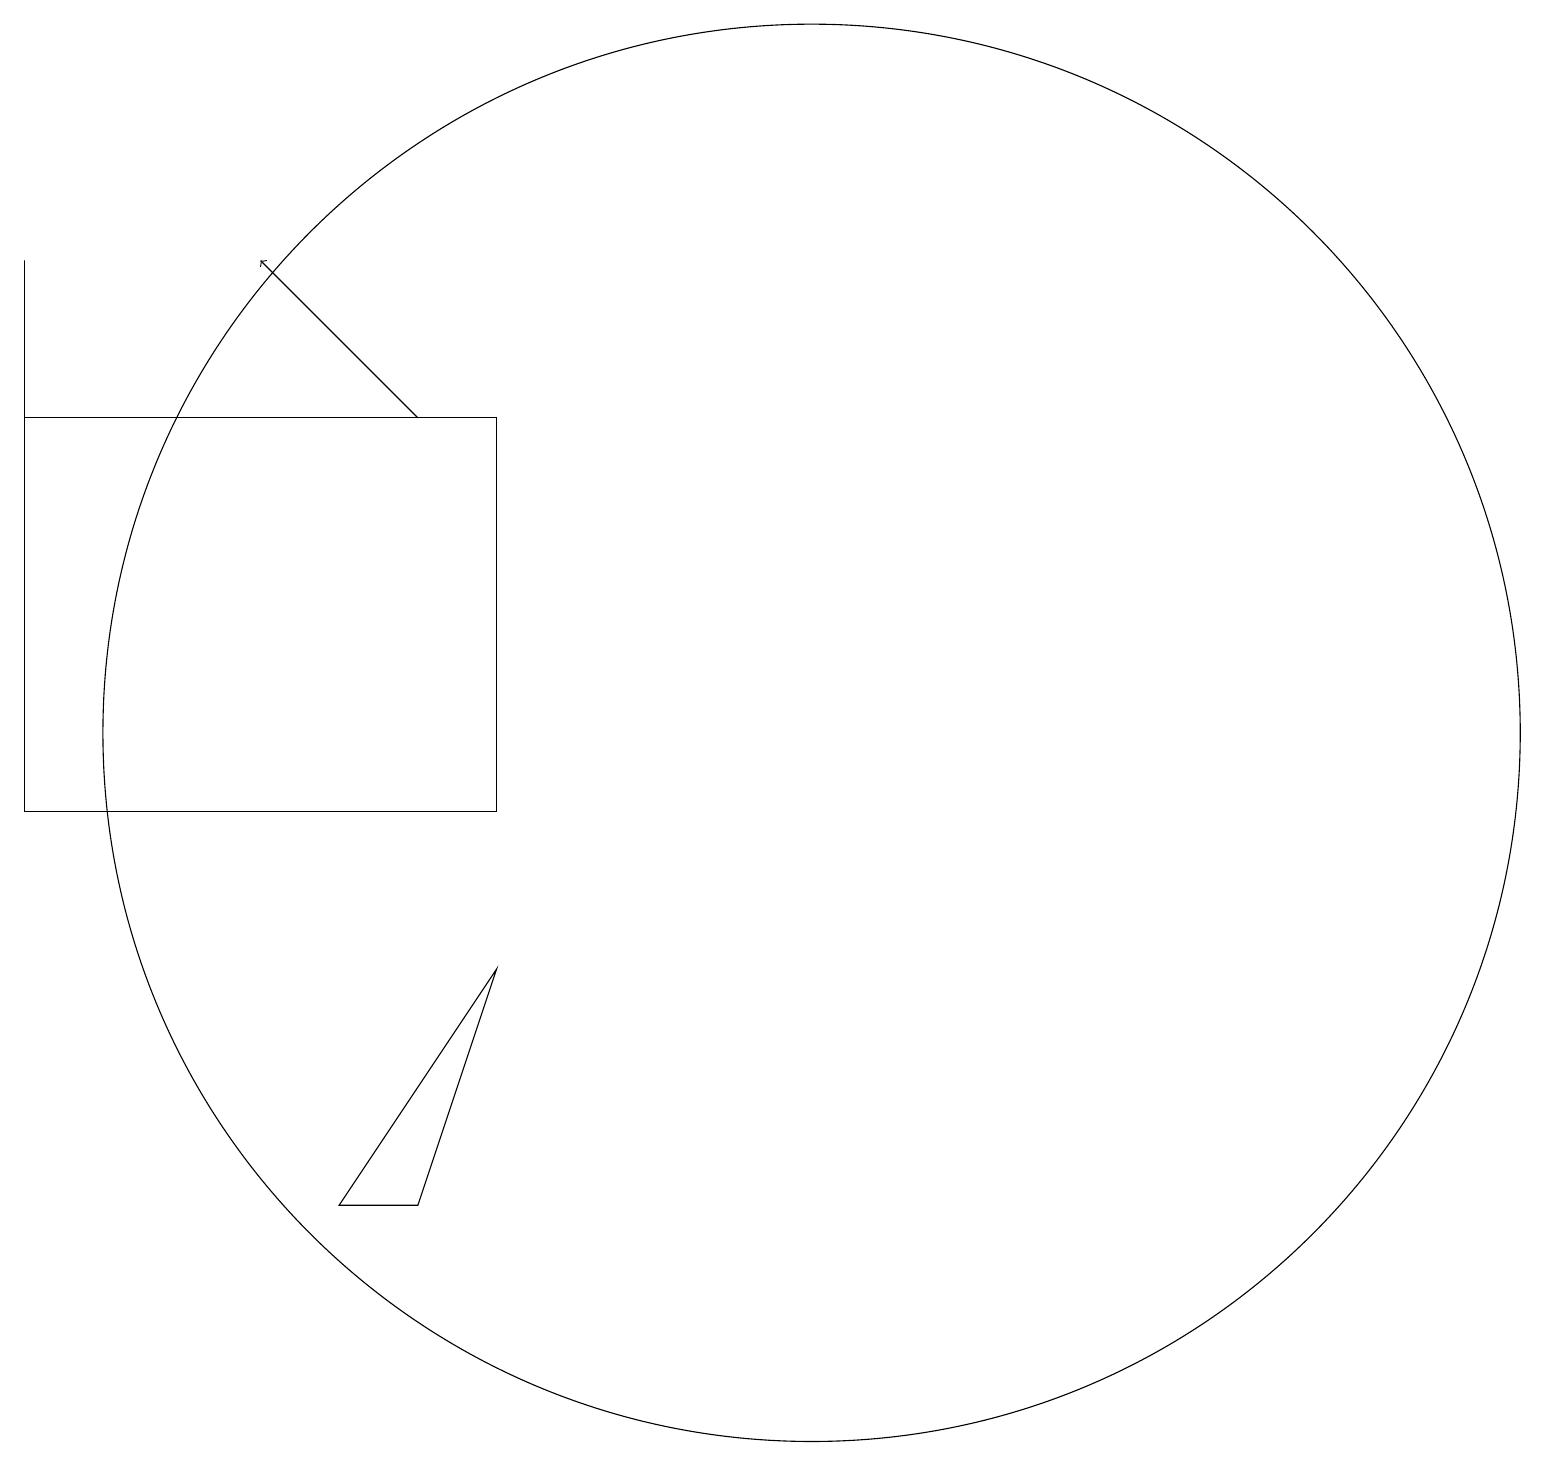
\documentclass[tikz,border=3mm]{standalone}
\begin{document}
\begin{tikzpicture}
\draw (10,10) circle (0);
\draw (2,15) rectangle (2,13);
\draw (2,17) rectangle (2,10);
\draw (10,11) circle (0);
\draw (12,11) circle (9);
\draw (7,5) -- (8,8) -- (6,5) -- cycle;
\draw (2,15) rectangle (8,10);
\draw[->] (7,15) -- (5,17);
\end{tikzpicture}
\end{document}